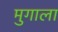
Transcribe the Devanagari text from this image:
मुगाला